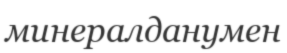
минералданумен